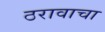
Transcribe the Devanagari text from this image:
ठरावाचा